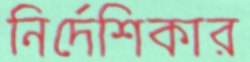
নির্দেশিকার